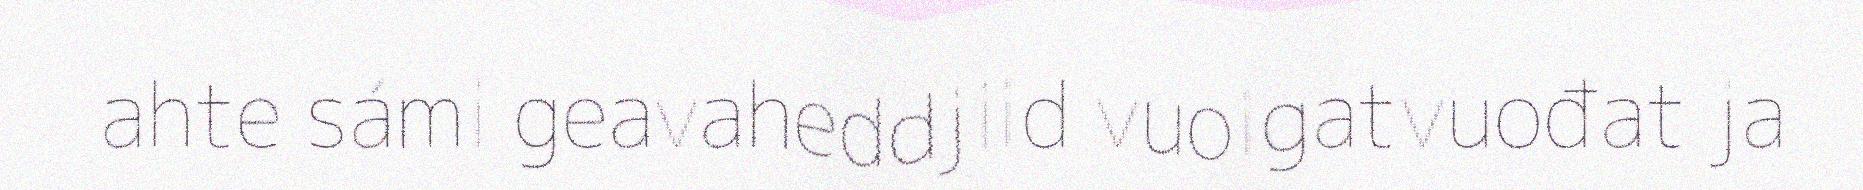
ahte sámi geavaheddjiid vuoigatvuođat ja